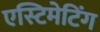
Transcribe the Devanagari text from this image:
एस्टिमेटिंग